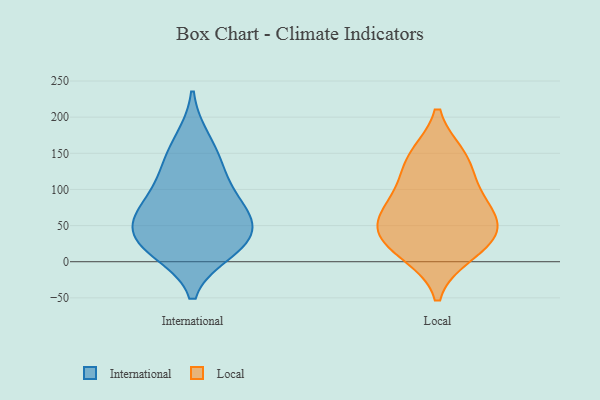
{"axis": {"x": "Bounce Rate (%)", "y": "Value"}, "legend": ["International", "Local"], "data": [{"x": "", "y": 29, "type": "International"}, {"x": "", "y": 62, "type": "International"}, {"x": "", "y": 84, "type": "International"}, {"x": "", "y": 15, "type": "International"}, {"x": "", "y": 21, "type": "International"}, {"x": "", "y": 122, "type": "International"}, {"x": "", "y": 135, "type": "International"}, {"x": "", "y": 169, "type": "International"}, {"x": "", "y": 74, "type": "International"}, {"x": "", "y": 32, "type": "International"}, {"x": "", "y": 58, "type": "International"}, {"x": "", "y": 11, "type": "Local"}, {"x": "", "y": 40, "type": "Local"}, {"x": "", "y": 47, "type": "Local"}, {"x": "", "y": 83, "type": "Local"}, {"x": "", "y": 18, "type": "Local"}, {"x": "", "y": 72, "type": "Local"}, {"x": "", "y": 144, "type": "Local"}, {"x": "", "y": 109, "type": "Local"}, {"x": "", "y": 146, "type": "Local"}, {"x": "", "y": 49, "type": "Local"}]}